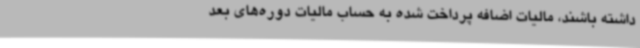
داشته باشند، مالیات اضافه پرداخت شده به حساب مالیات دوره‌های بعد